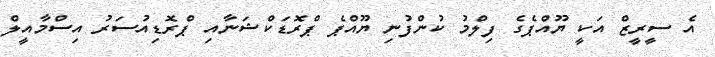
އެ ސީރީޒް އަކީ ޔޫއްޕެގެ ފިލްމު ކުންފުނި ޔޫއްޕެ ޕްރޮޑަކްޝަނާއި ޕްރޮޑިއުސަރު އިސްމާއީލް